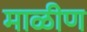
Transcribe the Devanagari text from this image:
माळीण